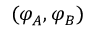
( \varphi _ { A } , \varphi _ { B } )